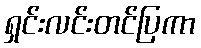
ရှင်းလင်းတင်ပြကာ